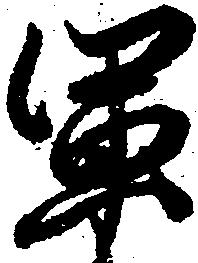
軍